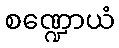
စဏ္ဍောယံ